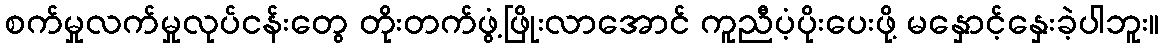
စက်မှုလက်မှုလုပ်ငန်းတွေ တိုးတက်ဖွံ့ဖြိုးလာအောင် ကူညီပံ့ပိုးပေးဖို့ မနှောင့်နှေးခဲ့ပါဘူး။